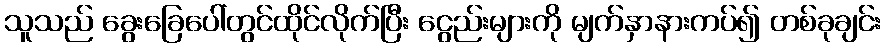
သူသည် ခွေးခြေပေါ်တွင်ထိုင်လိုက်ပြီး ငွေည်းများကို မျက်နှာနားကပ်၍ တစ်ခုချင်း